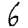
Digit: 6